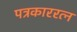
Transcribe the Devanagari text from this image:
पत्रकाररत्न